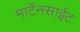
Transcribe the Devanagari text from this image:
मार्टेनसाईट